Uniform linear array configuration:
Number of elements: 32
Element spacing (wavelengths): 0.5
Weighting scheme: exponential
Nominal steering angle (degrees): -60
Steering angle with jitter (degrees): -58.015
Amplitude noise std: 0.05
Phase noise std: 0.05

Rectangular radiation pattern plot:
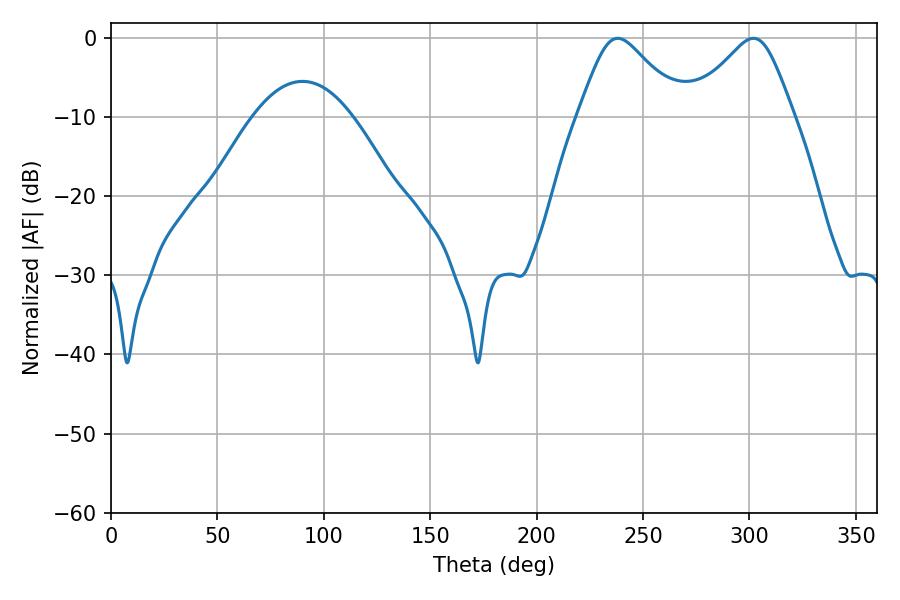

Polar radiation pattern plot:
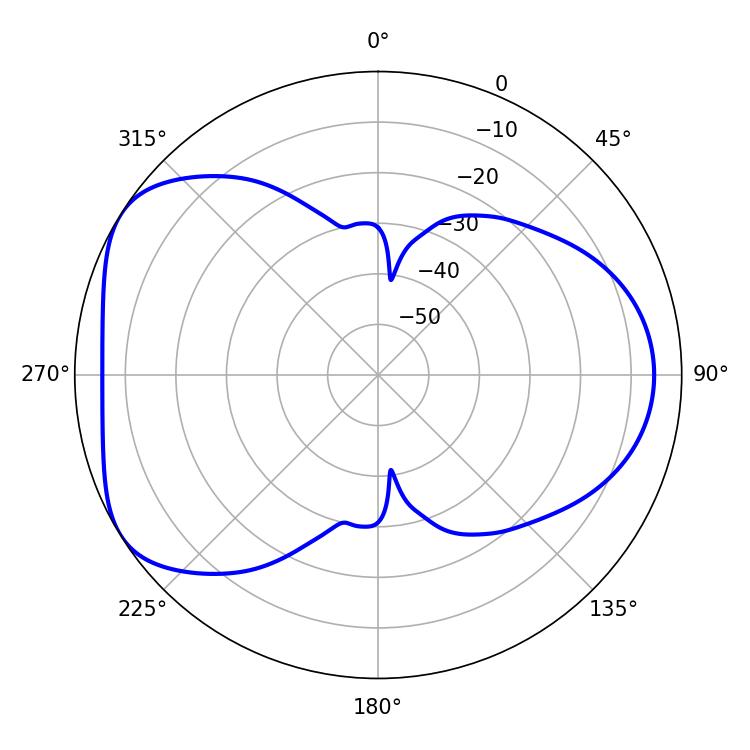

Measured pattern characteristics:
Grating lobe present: FALSE
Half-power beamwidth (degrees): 23.76
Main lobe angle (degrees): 238.14